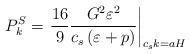
LaTeX: \begin{align*}P_k^{S} = \left. \frac{16}{9} \frac{G^2 \varepsilon^2}{c_s \left( \varepsilon + p\right)} \right|_{c_s k = a H}\end{align*}